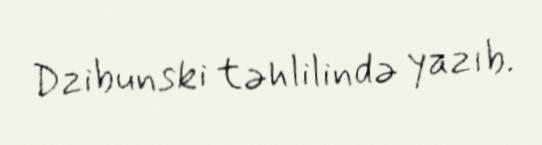
Dzibunski təhlilində yazıb.